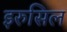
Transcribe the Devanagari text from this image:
इरुसिल